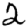
Digit: 2